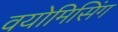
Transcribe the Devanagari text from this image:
वयोमिसिंग